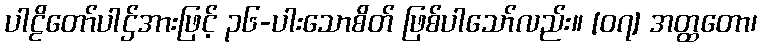
ပါဠိတော်ပါဌ်အားဖြင့် ၃၆-ပါးသောစိတ် ဖြစ်ပါသော်လည်း။ [၀၇] အတ္ထတော၊